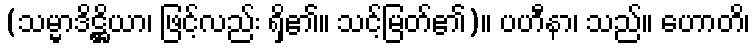
(သမ္မာဒိဋ္ဌိယာ၊ ဖြင့်လည်း ရှိ၏။ သင့်မြတ်၏)။ ပဟီနာ၊ သည်။ ဟောတိ၊